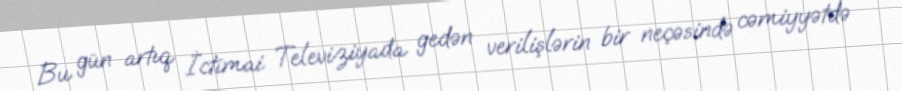
Bu gün artıq İctimai Televiziyada gedən verilişlərin bir neçəsində cəmiyyətdə